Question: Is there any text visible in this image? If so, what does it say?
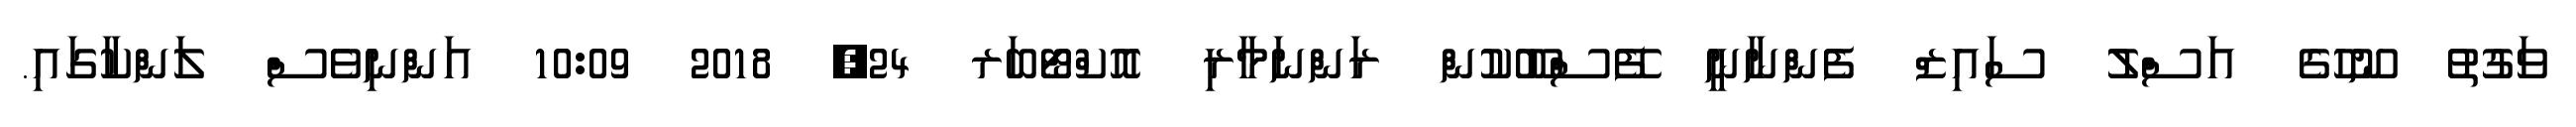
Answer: ވަގުތު ނޫހުގެ އަސްލު ސައިޒް ފެންނާނީ ފޭސްބޫކުން ރަންނަމާރި އޮކްޓޯބަރ 24, 2018 10:09 އަންނިވެސް ލަންކާގައި.